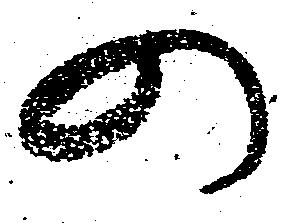
の